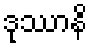
ဒုဿာနိ